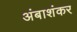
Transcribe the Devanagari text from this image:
अंबाशंकर